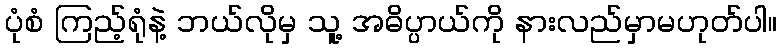
ပုံစံ ကြည့်ရုံနဲ့ ဘယ်လိုမှ သူ့ အဓိပ္ပာယ်ကို နားလည်မှာမဟုတ်ပါ။